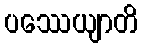
ပဿေယျာတိ